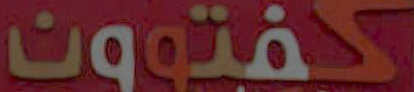
كفتوون